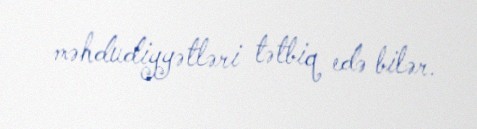
məhdudiyyətləri tətbiq edə bilər.